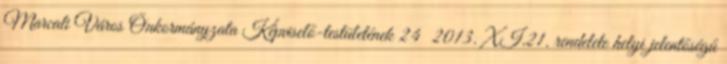
Marcali Város Önkormányzata Képviselő-testületének 24 2013. XI.21. rendelete helyi jelentőségű